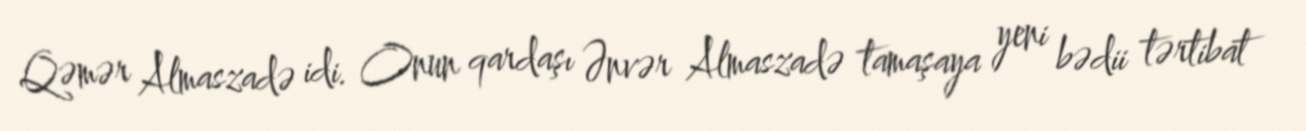
Qəmər Almaszadə idi. Onun qardaşı Ənvər Almaszadə tamaşaya yeni bədii tərtibat